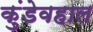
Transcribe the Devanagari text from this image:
कुंडेवहाल